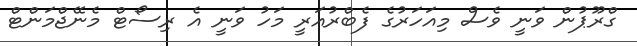
ގްރޫޕުން ވަނީ ވެސް މިއަހަރުގެ ފެބްރުއަރީ މަހު ވަނީ އެ ރިސޯޓް މެނޭޖްމަންޓް